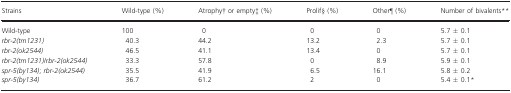
<table><thead><tr><td><b>Strains</b></td><td><b>Wild-type (%)</b></td><td><b>Atrophy† or empty‡ (%)</b></td><td><b>Prolif§ (%)</b></td><td><b>Other¶ (%)</b></td><td><b>Number of bivalents**</b></td></tr></thead><tbody><tr><td>Wild-type</td><td>100</td><td>0</td><td>0</td><td>0</td><td>5.7 ± 0.1</td></tr><tr><td><i>rbr-2(tm1231)</i></td><td>40.3</td><td>44.2</td><td>13.2</td><td>2.3</td><td>5.7 ± 0.1</td></tr><tr><td><i>rbr-2(ok2544)</i></td><td>46.5</td><td>41.1</td><td>13.4</td><td>0</td><td>5.7 ± 0.1</td></tr><tr><td><i>rbr-2(tm1231)/rbr-2(ok2544)</i></td><td>33.3</td><td>57.8</td><td>0</td><td>8.9</td><td>5.9 ± 0.1</td></tr><tr><td><i>spr-5(by134)</i>; <i>rbr-2(ok2544)</i></td><td>35.5</td><td>41.9</td><td>6.5</td><td>16.1</td><td>5.8 ± 0.2</td></tr><tr><td><i>spr-5(by134)</i></td><td>36.7</td><td>61.2</td><td>2</td><td>0</td><td>5.4 ± 0.1*</td></tr></tbody></table>